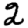
Digit: 2